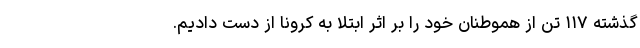
گذشته ۱۱۷ تن از هموطنان خود را بر اثر ابتلا به کرونا از دست دادیم.